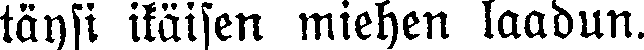
täysi ikäisen miehen laadun.